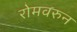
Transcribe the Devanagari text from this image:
रोमवरुन